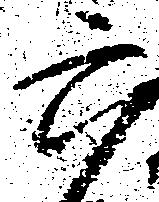
六